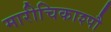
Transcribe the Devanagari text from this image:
मारीचिकाश्पौ